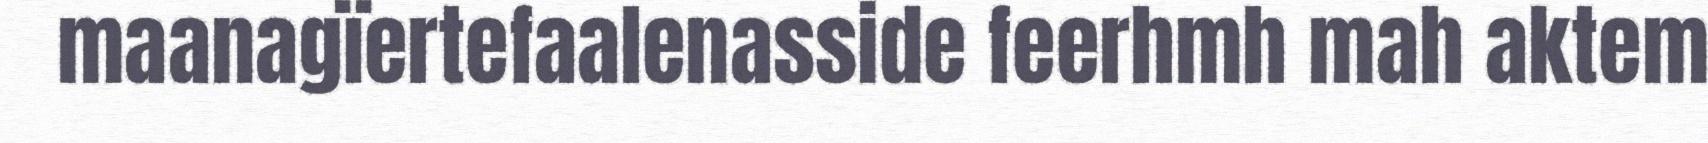
maanagïertefaalenasside feerhmh mah aktem